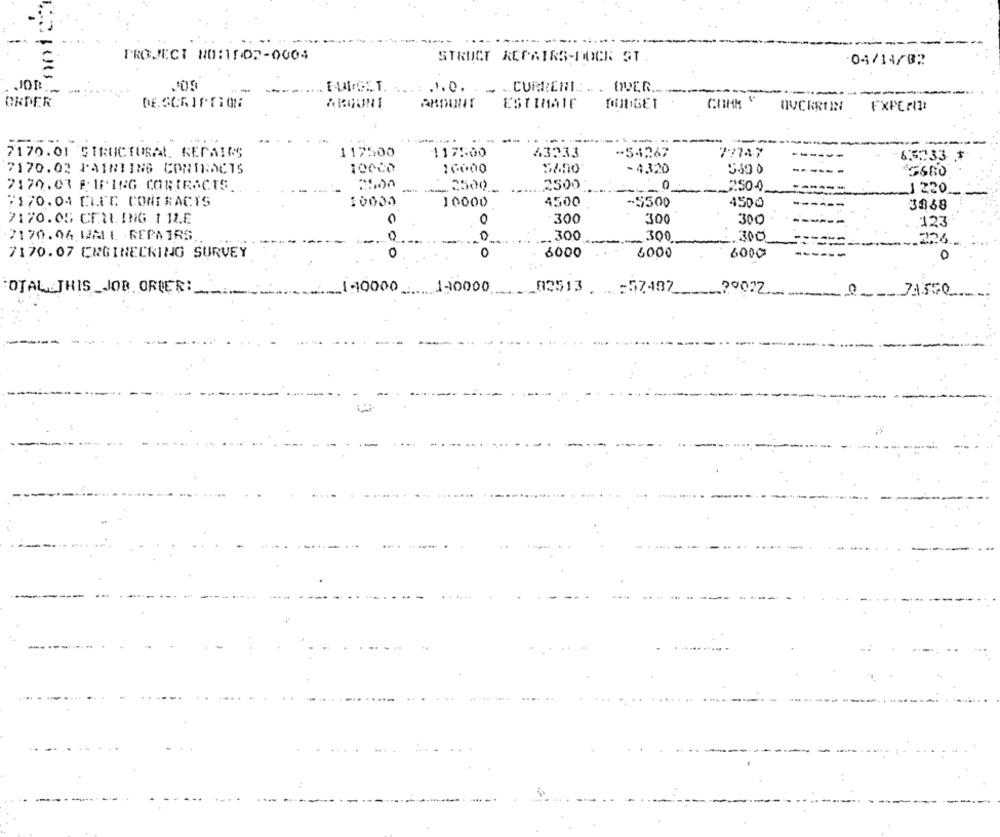
-----
PROJECT NO:1502-0004
STRUCT REPAIRS-DOCK ST.
04/14/02
JOR
: . 1. 0 . .. .. CURRENT .. . WWOER
ORDER
ESTIMAIE
DUCKRINN
FXPErIZ
---
7170.01 STRUCTURAL REPAIRS
117500
117500
43333
-54267
77747
63233
7170.03 PAINTING CONTRACTS
100co
10000
-4320
7170.03 P WING CONTRACTS ..
2500
2500
---
2500.
250-0
1220
7170.04 CLUE CONTRACTS
10000
4500
-5500
4500
3868
7170.05 CEILING 1 1L.E
300
300
300
123
7170.06 12M L .REPAIRS
300
.300
0
300
226
7170.07 CUGINECRING SURVEY
COO
0
6000
4000
6000
OTAL. THIS_JOB ORDER:
140000
.190000
02513
:57487_
20072
C
PASSO